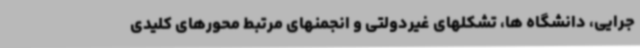
جرایی، دانشگاه ها، تشکلهای غیردولتی و انجمنهای مرتبط محورهای کلیدی